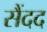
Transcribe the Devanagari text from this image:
सैंदद